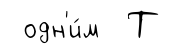
одн'и́м Т